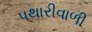
પથારીવાળી